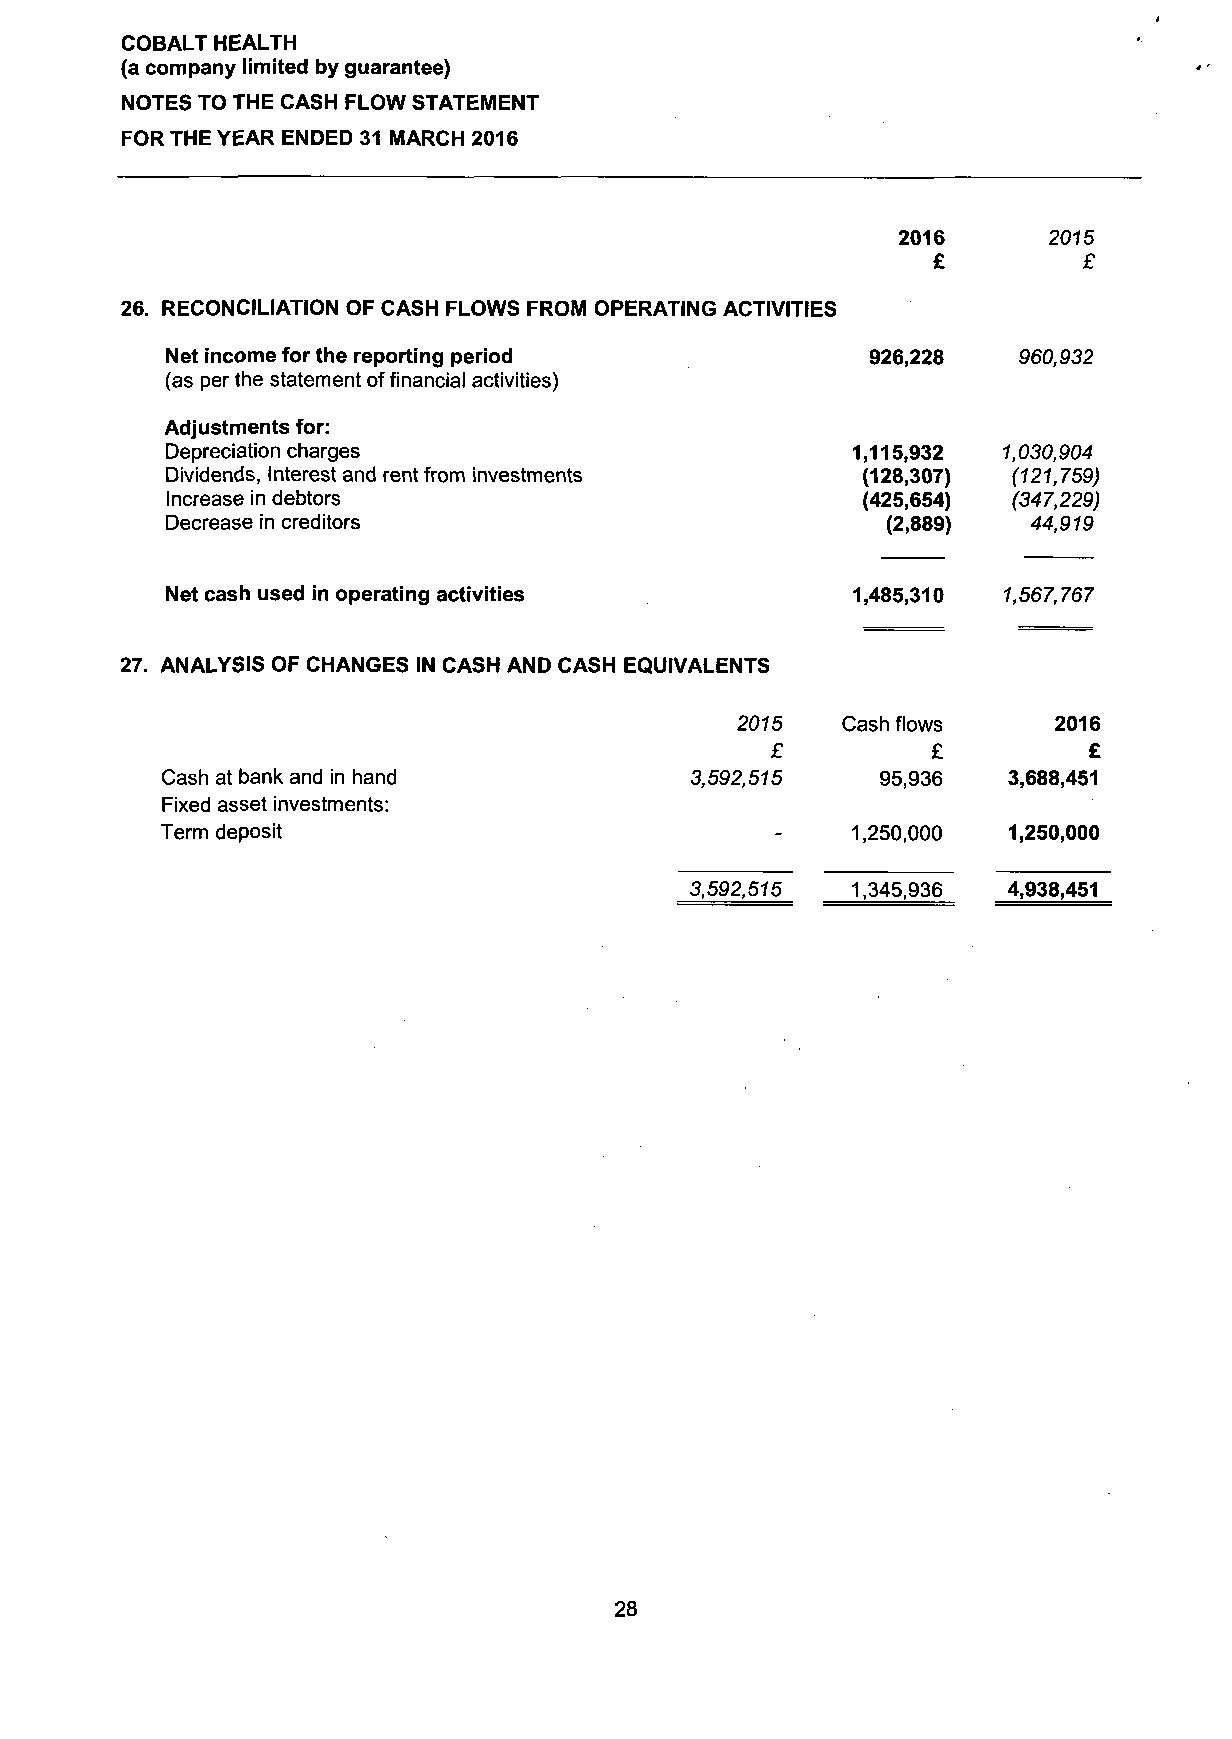
COBALT HEALTH
 (a company limited by guarantee)
 NOTES TO THE CASH FLOW STATEMENT
 FOR THE YEAR ENDED 31 MARCH 2016
 2016      2075
 £         £
 26. RECONCILIATION OF CASH FLOWS FROM OPERATING ACTIVITIES
 Net income for the reporting period           926,228   960,932
 (as per the statement of financial activities)
 Adjustments for:
 Depreciation charges                         1,115,932 1,030,904
 Dividends, Interest and rent from investments (128,307) (121,759)
 Increase in debtors                           (425,654) (347,229)
 Decrease in creditors                           (2,889)  44,919
 Net cash used in operating activities        1,485,310 1,567,767
 27. ANALYSIS OF CHANGES IN CASH AND CASH EQUIVALENTS
 2075   Cash flows    2016
 £          £         £
 Cash at bank and in hand           3,592,515   95,936   3,688,451
 Fixed asset investments:
 Term deposit                            -    1,250,000  1,250,000
 3,592,515 1,345,936  4,938,451
 28